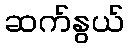
ဆက်နွယ်